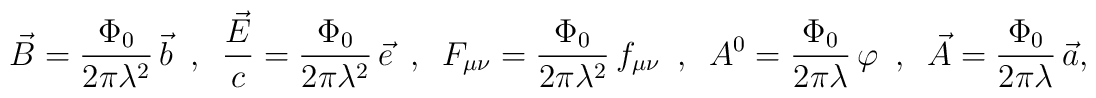
\vec{B}=\frac{\Phi_0}{2\pi\lambda^2}\,\vec{b}\ \ ,\ \ \frac{\vec{E}}{c}=\frac{\Phi_0}{2\pi\lambda^2}\,\vec{e}\ \ ,\ \ F_{\mu\nu}=\frac{\Phi_0}{2\pi\lambda^2}\,f_{\mu\nu}\ \ ,\ \ A^0=\frac{\Phi_0}{2\pi\lambda}\,\varphi\ \ ,\ \ \vec{A}=\frac{\Phi_0}{2\pi\lambda}\,\vec{a},